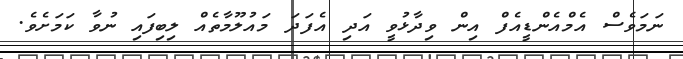
ނަމަވެސް އެމްއެންޑީއެފް އިން ވިދާޅުވީ އަދި އެފަދަ މައުލޫމާތެއް ލިބިފައި ނުވާ ކަމަށެވެ.